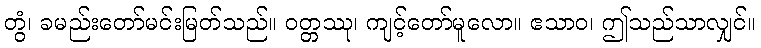
တွံ၊ ခမည်းတော်မင်းမြတ်သည်။ ဝတ္တဿု၊ ကျင့်တော်မူလော။ ဧသာဝ၊ ဤသည်သာလျှင်။